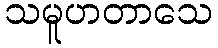
သမူဟတာသေ